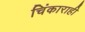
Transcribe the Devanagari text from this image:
चिंकाराही